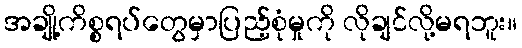
အချို့ကိစ္စရပ်တွေမှာပြည့်စုံမှုကို လိုချင်လို့မရဘူး။